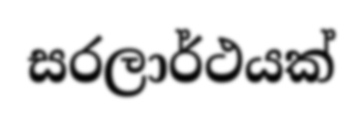
සරලාර්ථයක්